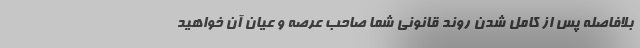
بلافاصله پس از کامل شدن روند قانونی شما صاحب عرصه و عیان آن خواهید